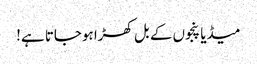
میڈیا پنجوں کے بل کھڑا ہوجاتا ہے!